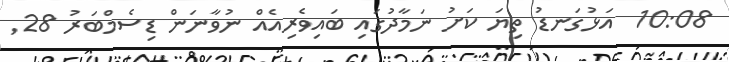
10:08  އަޅުގަނޑު ތިޔަ ކަށު ނަމާދުގައި ބައިވެރިއެއް ނުވާނަން ޑިސެމްބަރު 28